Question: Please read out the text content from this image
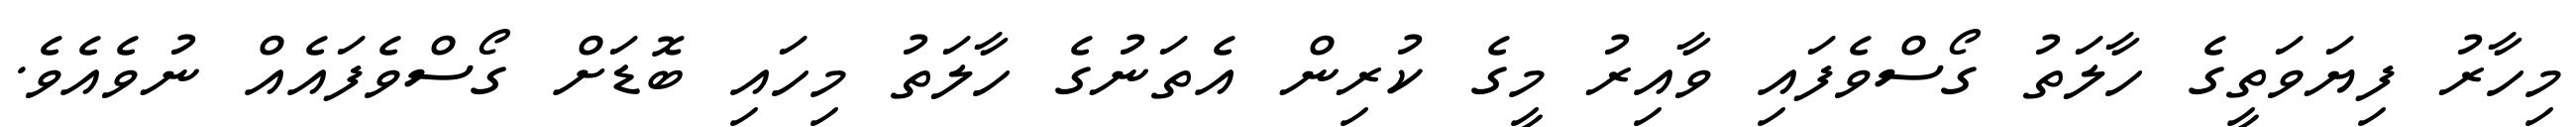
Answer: މިހާރު ފިޔަވަތީގެ ހާލަތު ގޯސްވެފައި ވާއިރު މީގެ ކުރިން އެތަނުގެ ހާލަތު މިހައި ބޮޑަށް ގޯސްވެފައެއް ނުވެއެވެ.